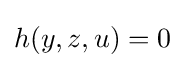
h(y,z,u)=0